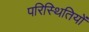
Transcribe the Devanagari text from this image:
परिस्‍िथतियों